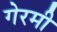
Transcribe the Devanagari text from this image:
गेरमी